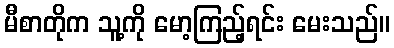
မီစာတိုက သူ့ကို မော့ကြည့်ရင်း မေးသည်။